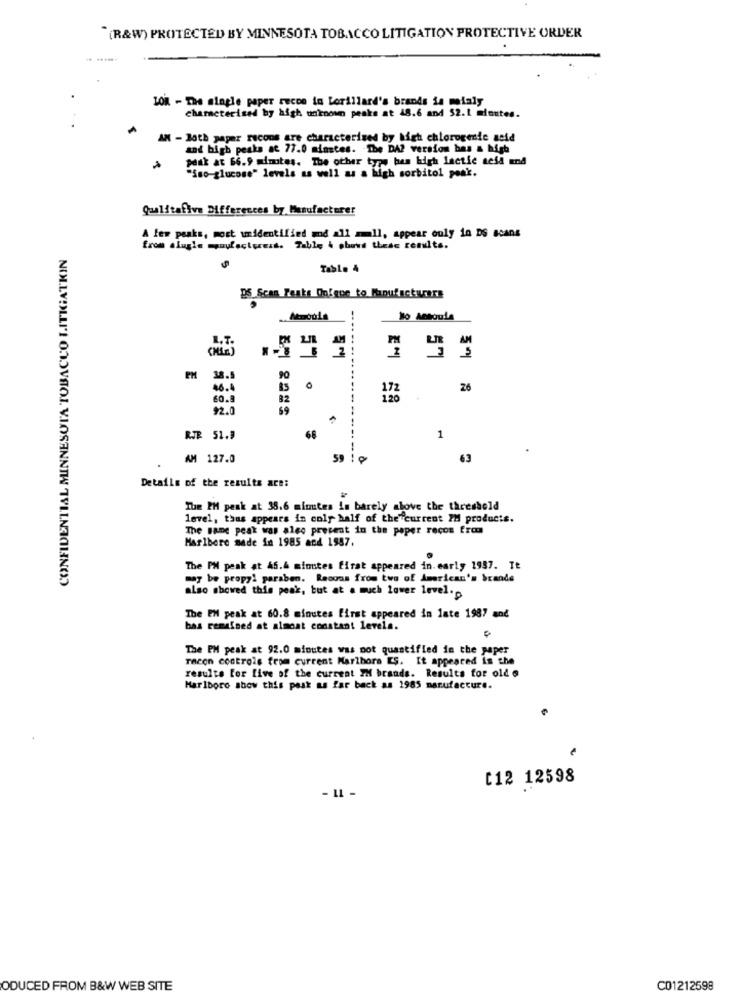
"(R&W) PROTECTED BY MINNESOTA TOBACCO LITIGATION PROTECTIVE ORDER
10% - The alagle paper recco to Lorillard's brands is mainly
characterised by high unknown peaks at 48.6 and 52.1 minutes.
AM - Both paper recons are characterized by high chlorogenic acid
and high peaks at 77.0 minstes. The DA? version bas & high
post at 66.9 minutes. The other typ, bem high lactic acid and
""no-glucose" levels as well as a high sorbitol peak.
Qualitafive Differences by Manufacturer
A few peaks, most unidentified md all all, appear ouly in DS scans
CONFIDENTIAL MINNESOTA TOBACCO LITIGATIIN
from alugle myaufactress. Table 4 phund thede rents.
Tablo 4
DS Scan Fanks Oofgoe to Manufacturers
.. Atubula
No Actoula
E
90
46.4
0
26
60.
82
92.0
69
----- ----
RJR 51.9
68
1
AM 127.0
59
10
---
63
Details of the results are:
The PM peak at 38.6 minutes in barely above the threshold
level, thus appears in coly half of the current PH products.
The same peak was also present in the paper rocos from
Marlboro made in 1985 and 1987.
The PH peak at 45.4 minutes firat appeared in. early 1937. It
may be propyl paraben. Recoas from two of American's brands
also showed this peak, but at a much lower level.
The EM peak at 60.8 minutes first appeared in late 1987 and
bas remained at almost constant levels.
The PH peak at 92.0 minutes was not quantified in the paper
Tacon controls from current Marlboro ES. It appeared in the
results for five of the current IH brands. Results for old o
Marlboro show this post as far back as 1985 manufacture.
[12 12598
- 11 -
ODUCED FROM B&W WEB SITE
C01212598